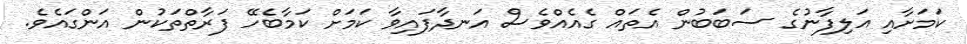
ކަމަށާއި އަލިފާނުގެ ސަބަބުން އެތައް ގެއެއްވެސް އަނދާފައިވާ ކަމަށް ކަމާބެހޭ ފަރާތްތަކުން އަންގައެވެ.